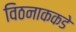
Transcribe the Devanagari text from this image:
विठनाककडे